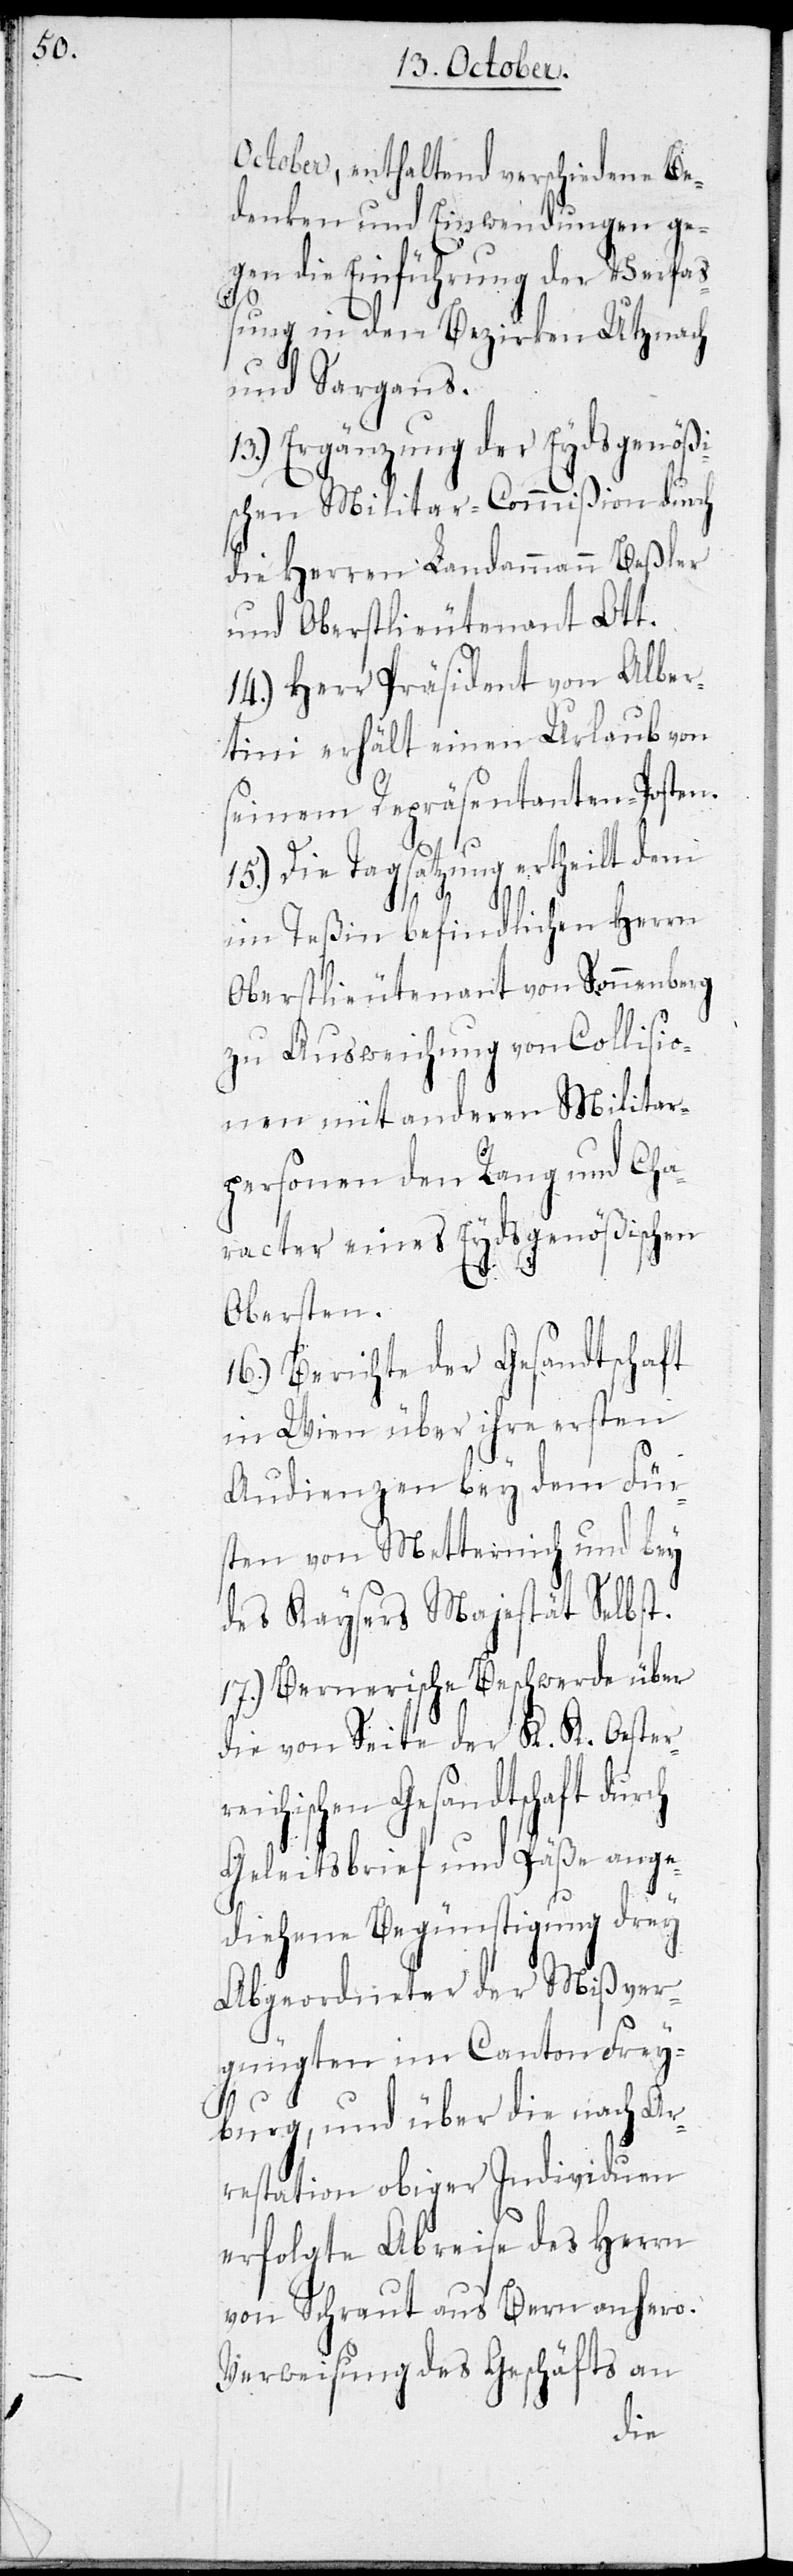
October, enthaltend verschiedene Be¬
denken und Einwendungen ge¬
gen die Einführung der Verfa¬
ßung in den Bezirken Utznach
und Sargans.
13.) Ergänzung der Eydsgenößi¬
schen Militar-Commißion durch
die Herren Landammann Beßler
und Oberstlieutenant Ott.
14.) Herr Präsident von Alber¬
tini erhält einen Urlaub von
seinem Repräsentanten-Posten.
15.) Die Tagsatzung ertheilt dem
im Teßin befindlichen Herrn
Oberstlieutenant von Sonnenberg
zu Ausweichung von Collisio¬
nen mit anderen Militar¬
personen den Rang und Cha¬
racter eines Eydsgenößischen
Obersten.
16.) Berichte der Gesandtschaft
in Wien über ihre ersten
Audienzen bey dem Für¬
sten von Metternich und bey
des Kaysers Majestät Selbst.
17.) Bernerische Beschwerde über
die von Seite der K. K. Oester¬
chischen Gesandtschaft
Geleitsbrief und Päße ange¬
diehene Begünstigung drey
Abgeordneter der Mißver¬
gnügten im Canton Frey¬
burg, und über die nach Ar¬
restation obiger Individuen
erfolgte Abreise des Herrn
von Schraut aus Bern anhero.
Verweisung des Geschäfts an
rei¬